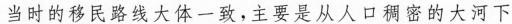
当时的移民路线大体一致，主要是从人口稠密的大河下